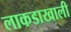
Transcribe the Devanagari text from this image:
लाकडाखाली